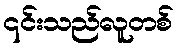
၎င်းသည်လူတစ်